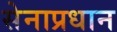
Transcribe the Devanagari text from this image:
सेनाप्रधान